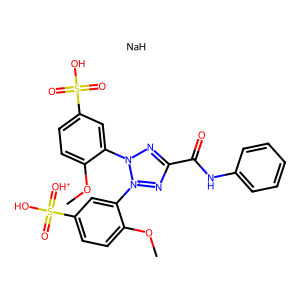
SMILES: COc1ccc(S(=O)(=O)O)cc1-n1nc(C(=O)Nc2ccccc2)n[n+]1-c1cc(S(=O)(O)=[OH+])ccc1OC.[NaH]
Inhibits HIV replication: No